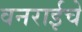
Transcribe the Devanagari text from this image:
वनराईचे